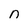
Character: n